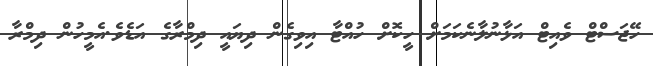
ހޭޖަސްޓް ވެއިޓް އަޅާނުލާނެކަމަށް ހީކޮށް ހުއްޓާ އިވިގެން ދިޔައީ ދިމްރާގެ އަޑެވެ.އެމީހުން ދިމްރާ